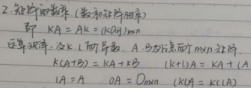
2. 矩阵的数乘（数和矩阵相乘）
   - 即 \(kA = Ak=(k a_{ij})_{m\times n}\)
   - 运算规律：设 \(k, l\) 为常数，\(A, B\) 为 \(m\times n\) 矩阵.
     - \(k(A + B)=kA + kB\)  \((k + l)A=kA + lA\)
     - \(1A = A\)  \(0A = O_{m\times n}\)  \((kl)A = k(lA)\)